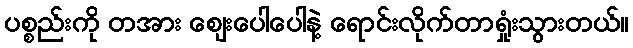
ပစ္စည်းကို တအား ဈေးပေါပေါနဲ့ ရောင်းလိုက်တာရှုံးသွားတယ်။